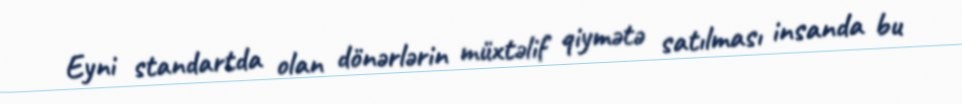
Eyni standartda olan dönərlərin müxtəlif qiymətə satılması insanda bu